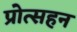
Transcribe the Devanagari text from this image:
प्रोत्सहन